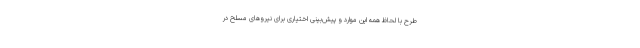
طرح با لحاظ همه این موارد و پیش‌بینی اختیاری برای نیروهای مسلح در